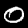
Label: 0